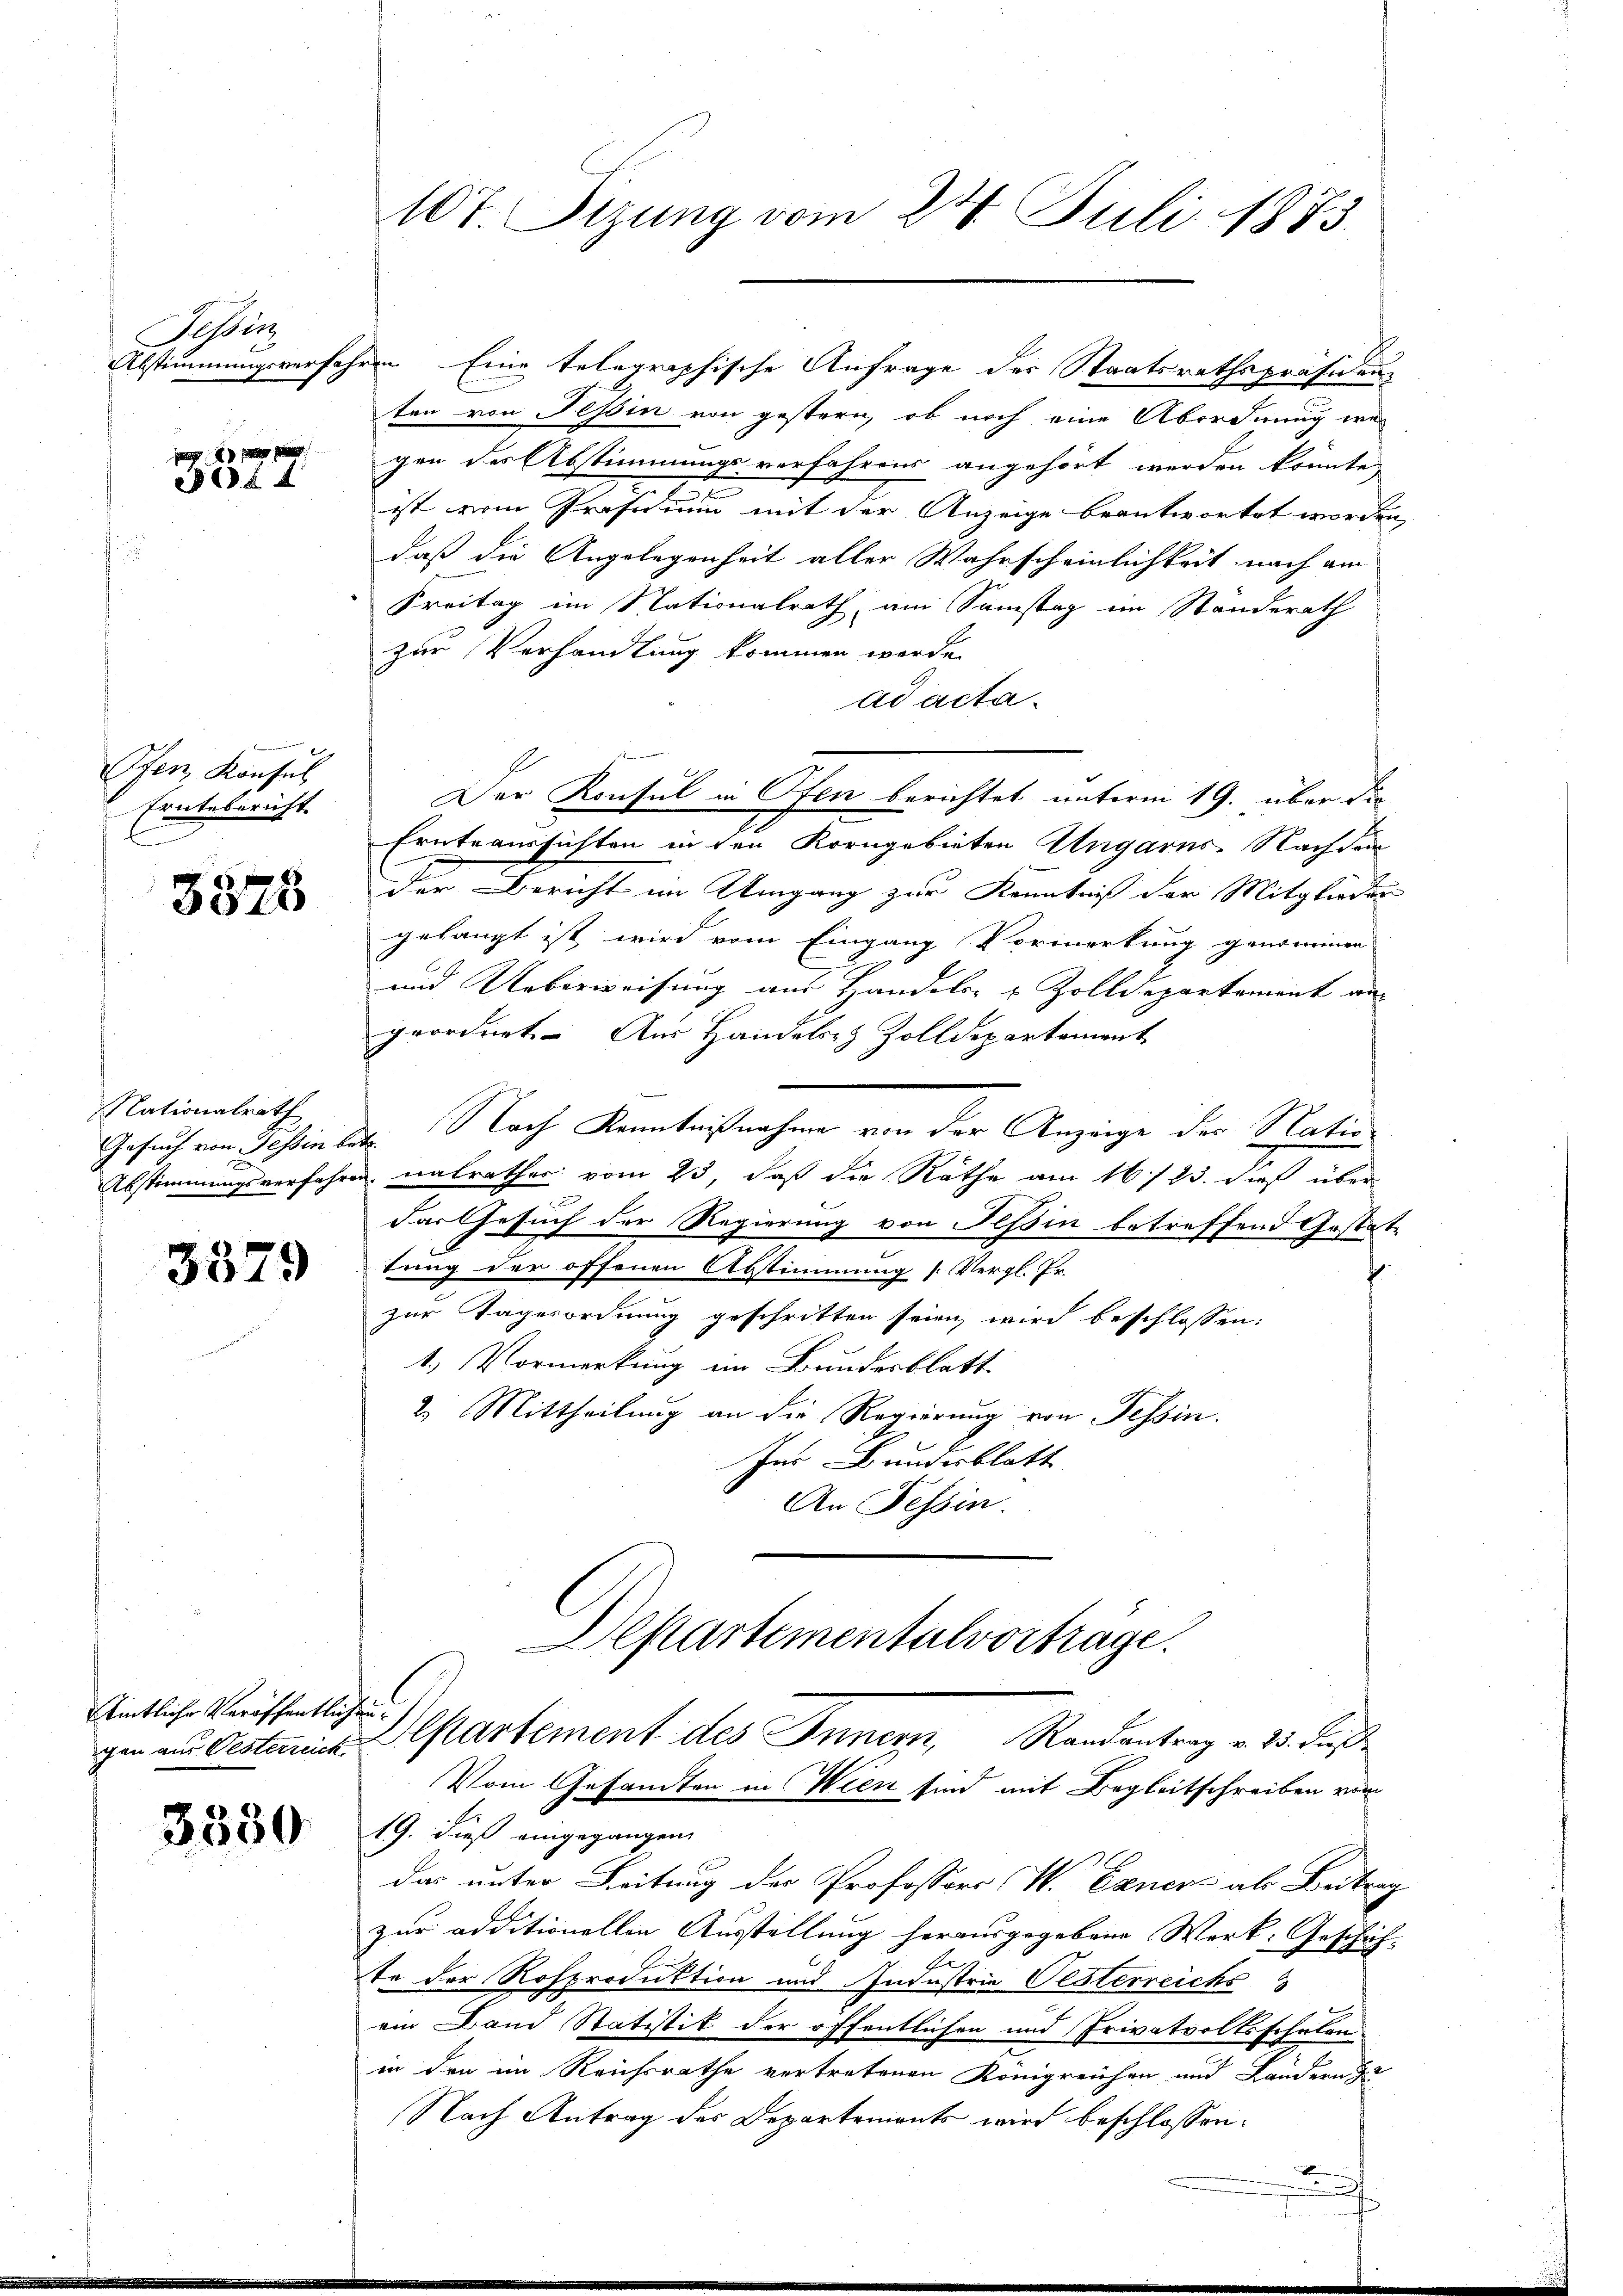
Tessin
Abstimmungsverfah¬

3577.

Ofen Konsul
Erntebericht.

3828

Nationalrath
Gesuch von Tessin bei

3379

Amtliche Veröffentlichung

107 Sizung vom 24. Juli 1873.

ten von Tessin von gestern, ob noch eine Abordnung wegen des Abstimmungsverfahrens angehört werden könnte,
n

ist vom Präsidium mit der Anzeige beantwortet worden,
daß die Angelegenheit aller Wahrscheinlichkeit nach am
Freitag im Nationalrath, am Samstag im Standerath
zur Verhandlung kommen werde.
ad acta
Der Konsul in Ofen berichtet unterm 19. über die
Ernteaussichten in den Korngebieten Ungarns. Nachdem
der Bericht im Umgang zur Kenntniß der Mitglieder
gelangt ist wird vom Eingang Vormerkung genommen
und Ueberweisung aus Handels- & Zolldepartement an
geordnet. Aus Handels- & Zolldepartement
 Nach Kenntnißnahme von der Anzeige der Natio
Abstimmungsverfahren nalrathes vom 23, daß die Räthe am 16/23. dieß über
das Gesuch der Regierung von Tessin betreffend Gestat-
tung der offenen Abstimmung (Vergl. Fr.
zur Tagesordnung geschritten seien wird beschlossen:
1.) Vormerkung im Bundesblatt
2. Mittheilung an die Regierung von Tessin.
Ins Bundesblatt
An Tessin.
Departementalvorträge.

em Eine telegraphische Anfrage des Staatsrathspräsiden¬

gen an Oesteine Departement des Innern, Randantrag v. 25. dieß¬

Vom Gesandten in Wien sind mit Begleitschreiben vom
3280 19. Fuß eingegangen,
das unter Leitung der Professors W. Exner als Beitrag
zur additionellen Ausstellung herausgegebene Werk: Geschäch-
te der Rosproduktion und Industrie Oesterreichs
ein Band Statistik der öffentlichen und Privatvoltsschulen
in den im Reichsrathe vertretenen Königreichen und Landern zu
Nach Antrag des Departements wird beschlossen:
u